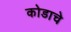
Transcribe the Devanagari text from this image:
कोडाचे